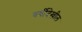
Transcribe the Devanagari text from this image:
वर्षीदेखील